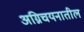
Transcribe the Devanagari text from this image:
अग्निचयनातील